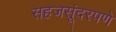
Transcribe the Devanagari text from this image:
सहजसूंदरपणे